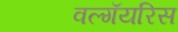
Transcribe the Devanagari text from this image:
वल्गॅयरिस